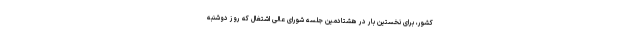
کشور، برای نخستین بار در هشتادمین جلسه شورای عالی اشتغال که روز دوشنبه